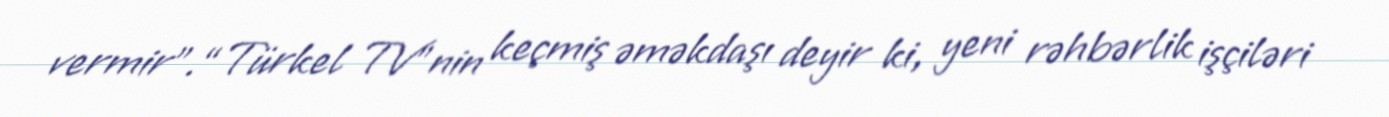
vermir”.“Türkel TV”nin keçmiş əməkdaşı deyir ki, yeni rəhbərlik işçiləri